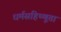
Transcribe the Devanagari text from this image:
धर्मसहिष्णूता